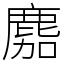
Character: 䴥